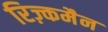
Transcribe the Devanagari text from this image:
रिज़्कमैन